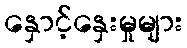
နှောင့်နှေးမှုများ